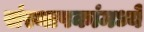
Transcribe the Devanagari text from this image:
संस्थापकांमध्ये